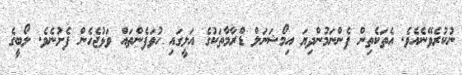
ނުކުރެވޭނެއެވެ. އެތަކެތިން ފެންނަމުންދިޔަ އިމޯޝަނަލް ޑްރާމާތަކުގެ އަލީގައި ހުވަފެންތައް ވަޅުޖެހެން ފެށުނެވެ. ލޯބީގެ